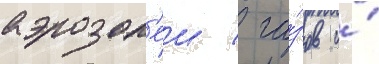
аэрозол'еи / га́зов и́